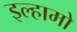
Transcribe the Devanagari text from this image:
इल्हामो